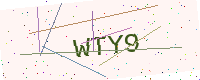
Text: WTY9